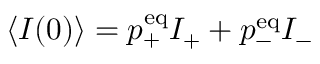
\langle I ( 0 ) \rangle = p _ { + } ^ { \mathrm { e q } } I _ { + } + p _ { - } ^ { \mathrm { e q } } I _ { - }